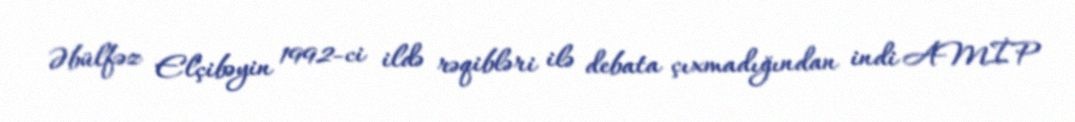
Əbülfəz Elçibəyin 1992-ci ildə rəqibləri ilə debata çıxmadığından indi AMİP